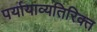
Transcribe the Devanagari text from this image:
पर्यायाव्यतिरिक्त